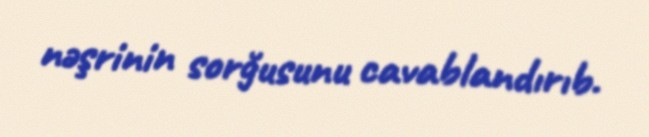
nəşrinin sorğusunu cavablandırıb.